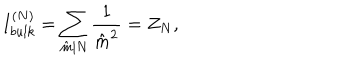
{ I _ { b u l k } ^ { ( N ) } = \sum _ { \hat { m } | N } { \frac { 1 } { { \hat { m } } ^ { 2 } } } = Z _ { N } , }